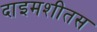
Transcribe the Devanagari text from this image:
दाइमशीतस